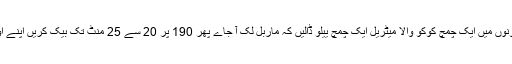
2 اوون پروف پیں لیں ایک بڑا ایک چھوٹا ان کو بٹر سے کوٹ کریں اور پین کے حساب سے دونوں میں ایک چمچ کوکو والا میٹریل ایک چمچ ییلو ڈالیں کہ ماربل لک آ جاے پھر 190 پر 20 سے 25 منٹ تک بیک کریں اپنے اوون کے مطابق چیک کریں چھری مڈل میں ڈالکر اگر چھری صاف نکل آے تو کیک تیار ہے ۔